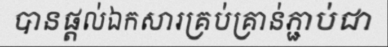
បានផ្តល់ឯកសារគ្រប់គ្រាន់ភ្ជាប់ជា